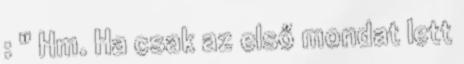
: " Hm. Ha csak az első mondat lett